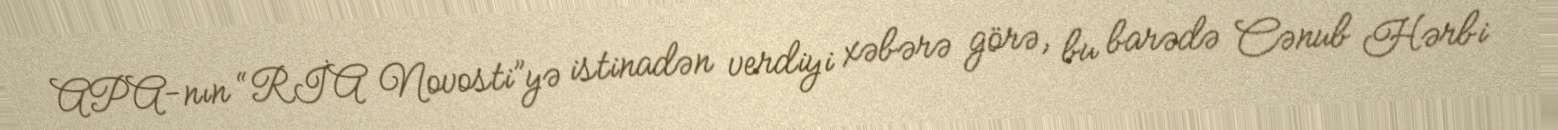
APA-nın “RİA Novosti”yə istinadən verdiyi xəbərə görə, bu barədə Cənub Hərbi